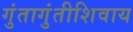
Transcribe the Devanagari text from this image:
गुंतागुंतीशिवाय